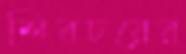
শিবচরের